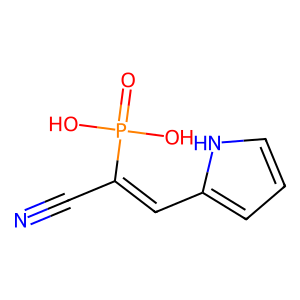
SMILES: N#CC(=Cc1ccc[nH]1)P(=O)(O)O
Inhibits HIV replication: No